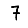
Digit: 7